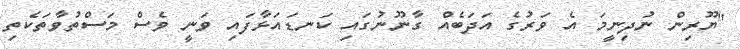
"ޔޫރިން ނުދިނީމަ އެ ވަރުގެ އަދަބެއް ގާނޫނުގައި ކަނޑައަޅާފައި ވަނީ ވެސް މަސްތުވާތަކެތި